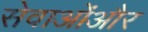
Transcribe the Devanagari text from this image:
सेवाओंऔर